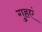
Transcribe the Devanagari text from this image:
गुहएं